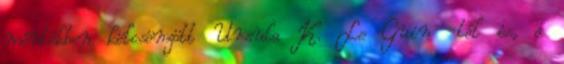
mértékben kölcsönzött Ursula K. Le Guin -tól is, a